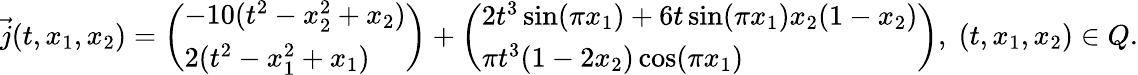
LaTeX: \vec{j}(t,x_{1},x_{2})=\left(\begin{array}{l}{-10(t^{2}-x_{2}^{2}+x_{2})}\\ {2(t^{2}-x_{1}^{2}+x_{1})}\end{array}\right)+\left(\begin{array}{l}{2t^{3}\sin(\pi x_{1})+6t\sin(\pi x_{1})x_{2}(1-x_{2})}\\ {\pi t^{3}(1-2x_{2})\cos(\pi x_{1})}\end{array}\right),\; (t,x_{1},x_{2})\in Q.